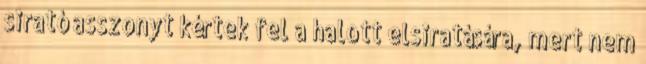
sirató asszonyt kértek fel a halott elsiratására, mert nem